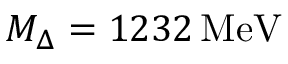
M _ { \Delta } = 1 2 3 2 \, \mathrm { M e V }